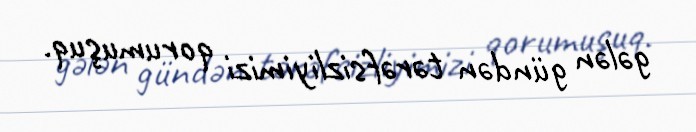
gələn gündən tərəfsizliyimizi qorumuşuq.